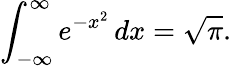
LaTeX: \int_{-\infty}^{\infty}e^{-x^{2}}\, dx={\sqrt{\pi}}.